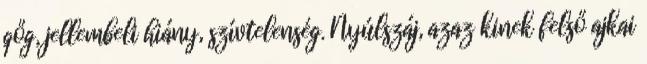
gőg, jellembeli hiány, szívtelenség. Nyúlszáj, azaz kinek felső ajkai